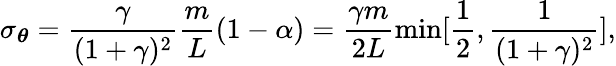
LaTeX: \sigma_{{\boldsymbol{\theta}}}=\frac{\gamma}{(1+\gamma)^{2}}\frac{m}{L}(1-\alpha)=\frac{\gamma m}{2L}\operatorname*{min}[\frac{1}{2},\frac{1}{(1+\gamma)^{2}}],